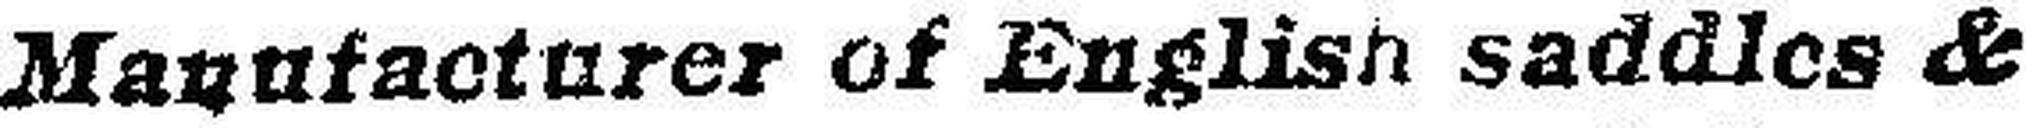
Manufacturer of English saddles &